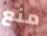
منع